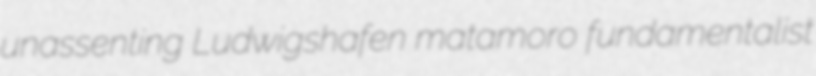
unassenting Ludwigshafen matamoro fundamentalist